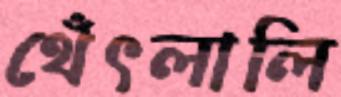
থেঁৎলালি